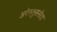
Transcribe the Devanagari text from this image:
अरेस्तुससेता